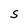
Character: S